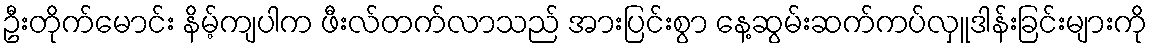
ဦးတိုက်မောင်း နိမ့်ကျပါက ဖီးလ်တက်လာသည် အားပြင်းစွာ နေ့ဆွမ်းဆက်ကပ်လှူဒါန်းခြင်းများကို